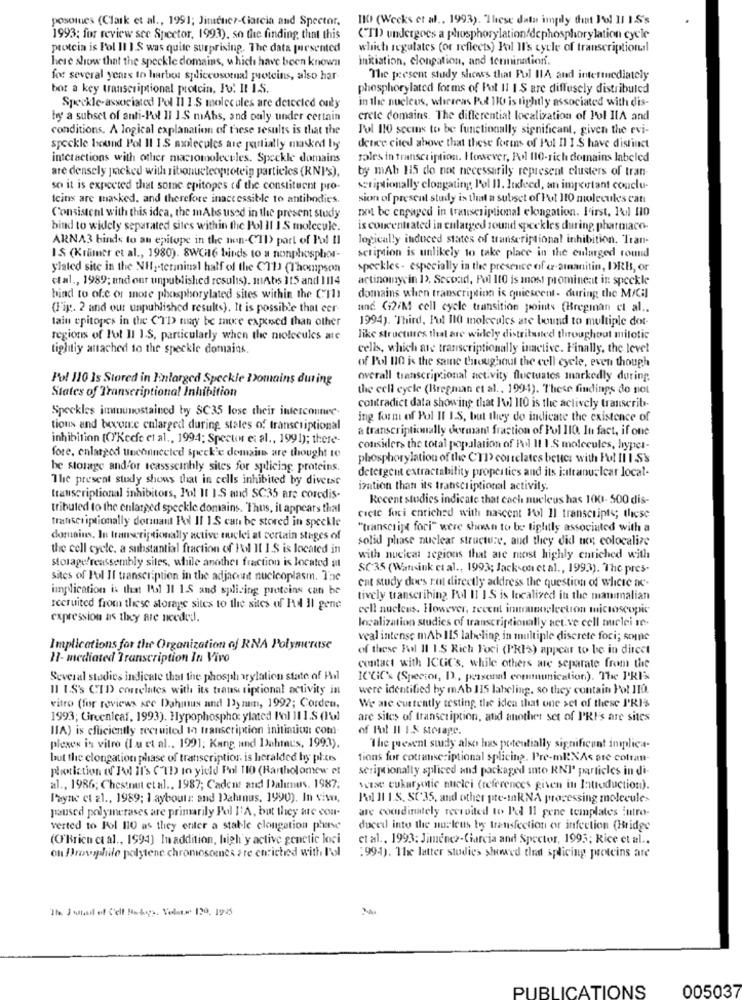
posoines (Clark et al ., 1991; Jimenez-Ciarcia and Spectar.
IK (Weeks et al ., 1993). These data imply that Jol 11 I.S's
1993; for review see Spector, 1993), so the finding that this
(TD) undergoes a phosphorylation/dcphosphorylation cycle
protein is Pol II I.S was quite surprising. The data puesented
which regulates (or reflects) Pol Il's cycle of transcriptional
here show that the speckle domains, which have been known
initiation, clongation, and termination.
for several years to harbor spliceusornal puoteins, also har-
The present study showss that Pul IIA and intermediately
bot a key transcriptional protein, Fo. It I.S.
phosphorylated forms of Fot 11 I S are diffusely distributed
in the nucleus, whereas Pol 110 is tightly associated with dis-
Speckle-associated Pol Il I.S molecules are detected outy
by a subset of anti-Pol Il 1.S mAbs, and only under certain
crete domains. The differential localization of Fol IIA and
conditions. A logical explanation of these results is that the
Pol 110 seems to be functionally significant, given the evi-
speckle bound Pol Il 1.S mailecules are partially masked by
deuce cited above that these forms of Pul Il I S have distinct
interactions with other macromolecules. Speckle domains
roles in transcription. However, Pol 110-rich domains labeled
are densely packed with ribonuetecquoteip particles (RNI'S),
by mAb 115 do not necessarily represent clusters of tran-
so it is expected that some epitopes of the constituent pro-
scriptionally clongating l'ol 11. Indeed, an important conclu-
Icins are masked, and therefore inaccessible to antibodies.
sion of present study is that a subset of Pot 110 molecules catt
not be engaged in transcripticmal elongation. First, Pol HO
Consistent with this idea, the mAbs used in the present study
bind to widely separated sites within the Pol Il I S molecule.
is concentrated in enlarged sound speckles during pharmaco-
ARNA3 binds to an epitope in the non-(II) part of Pol Il
logically induced states of transcriptional inhibition. Tran-
IS (Krämer et al ., 1980). 8WGH16 binds to a nonphosphor-
scription is unlikely to take place in the enlarged round
ylated site in the NH ,- terminal half of the CT1) (Thompson
speckles - especially in the presence of a ainanitin, DRI, or
et al ., 1989; and our unpublished results). mAbs 115 and 1114
actinomycin 12. Second, Pol 110 is most prominent in speckle
bind to of.c or more phosphorylated sites within the CTI
domains when transcription is quiescent- during the M/Cil
(Fig. 2 and our unpublished results). It is possible that eer-
und Gi2/M cell cycle transition points (Bregman et al ..
tain epitopes in the CTD may be more exposed than other
1994). Third, Ful 110 molecules are bound to multiple dot-
regions of Fot 11 I.S, particularly when the molecules ate
like structures that are widely distributed throughout mitotic
tightly attached to the speckle domains.
cells, which are transcriptionally inactive. Finally, the levet
of Pol 110 is the same throughout the cell cycle, even though
Pul 110 Is Stored in Enlarged Speckle Domains during
overall transcripcional activity fluctuates markedly during.
the cell cycle (Bregman et al ., 1994). These findings do not
States of Transcriptional Inhibition
Speckles immuunostained by SC35 lose their interconnec.
contradict data showing that I'ol 110 is the actively transcrib-
ing form of Pol II I.S, but they do indicate the existence of
tions and become enlarged during stales of transcriptional
a transcriptically dermant fraction of Pul 110. In fact, if one
inhibition (O'Keefe et al ., 1994; Spector et al ., 1991); there-
fore, enlarged unconnected speckie domaine are thought te
consider> the total population of Pl I1 1 .S molecules, hyper-
phosphorylation of the CTP correlates better with Fot II IS's
he storage and'or scassscinhly sites for splicing proteins.
detergent extractability properties and its i:stranualcar local-
The present study shows that in cells inhibited by diverse
ization than its transcriptional activity.
transcriptional inhibitors, Pot It IS and SC35 are coredis-
Recent studies indicate that cach nucleus has 100-500 dis-
tributed to the enlarged speckle domains. Thus, it appears thal
transcriptionally dormant Pol Il 1.S can be stored in speckle
cicle fori enriched with nascent Pol Il transcripts; these
"transcript foci" were shown to be tightly associated with a
domains, In transcriptionally active nuclei at certain stages of
solid phase nuclear structure, and they did not colocalize
the cell cycle. a substantial fraction of Fol Il I.S is located in
storage/reassembly siles, while another fraction is located at
with nucical regions that are most highly enriched with
SC35 (Wansink cual ., 1993; Jackson et al ., 1993). The pres-
sites of Pol Il transcription in the adjacent nucleoplasm. The
ent study does not directly address the question of where ac-
implication is that I'll I1 15 and splicing proteins can be
tively transcribing Pol II IS is localized its the mammalian
recruited from these storage sites to the sites of Hd Il gene
cell nucleus, However, recent inmunoelectron microscopic
expression as they are needed.
localization studies of transcriptionally act.ve cell nuclei re-
veal intense mAb 115 labeling, in multiple discrete foci; some
Implications for the Organization of RNA Polymerase
of these Fol Il 1.5 Rich Foci (PKIs) appear to be in direct
H- mediated Transcription In Vivo
contact with ICGiC's, while others are separate from the
Several studies indicate that the phosph vylation state of Hil
ICGiC's (Spector, D ., personal communication). The PRIX
Il IS's CTD correlates with its trans tiptional activity in
were identified by mAb IIS labeling, so they contain Pol JIO.
vitro (for reviews src Dahinus and 13y mm, 1992; Corden,
We are currently testing the idea that one set of these P'RI$
1993; Greenleaf, 1993). Hypophospho: ylated Fol 11 1.S (1%)
are sites of transcription, and another set of I'RF's are sites
IIA) is efficiently recruited 12 transcription initiation com-
of Fot II IS storage.
plexes in vitro (I u et al ., 199]; Kang, und Dahmaus, 1993).
"The present study also has potentially significant implica-
but the clongation phase of transcription is heralded by plus
tions for cotranscriptional splicing. Pre-ml!NAs are cofran-
photiction of Pol It's CTD to yield Pol 110 (Bartholomew et
scriptionally spliced and packaged into RNI' particles in di-
al ., 1986; Chestnut et al ., 1987; Cadens and Dalummus. 1987;
suise eukaryotic nuclei (references given in Introduction).
Payne et al ., 1989; 1 aybouts and Dahinus, 1990). In siw.
Pol Il I.S, SC35, and other pre-InkNA processing molecules
paused polymerases are primarily Pol I'A, but they are con-
are coordinately recruited to Pel Il gene templates intro-
verted to Pol 110 as they eriter a stable clongation phase
duced into the nucleus boy transfection or infection (Bridge
(O'Brien et al ., 1994) In addition, high'y active genetic loci
et al ., 1993: Jiménez-Ciarcia and Spector, 1995; Rice et al ..
ou Drosophile polytene chromosomes are enriched with l'ol
:994). The latter studies showed that splicing proteins are
The Detail of Cell Forhogy. Volato 120. 1935
PUBLICATIONS
005037